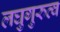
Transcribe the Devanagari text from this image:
लघुगुरुत्व